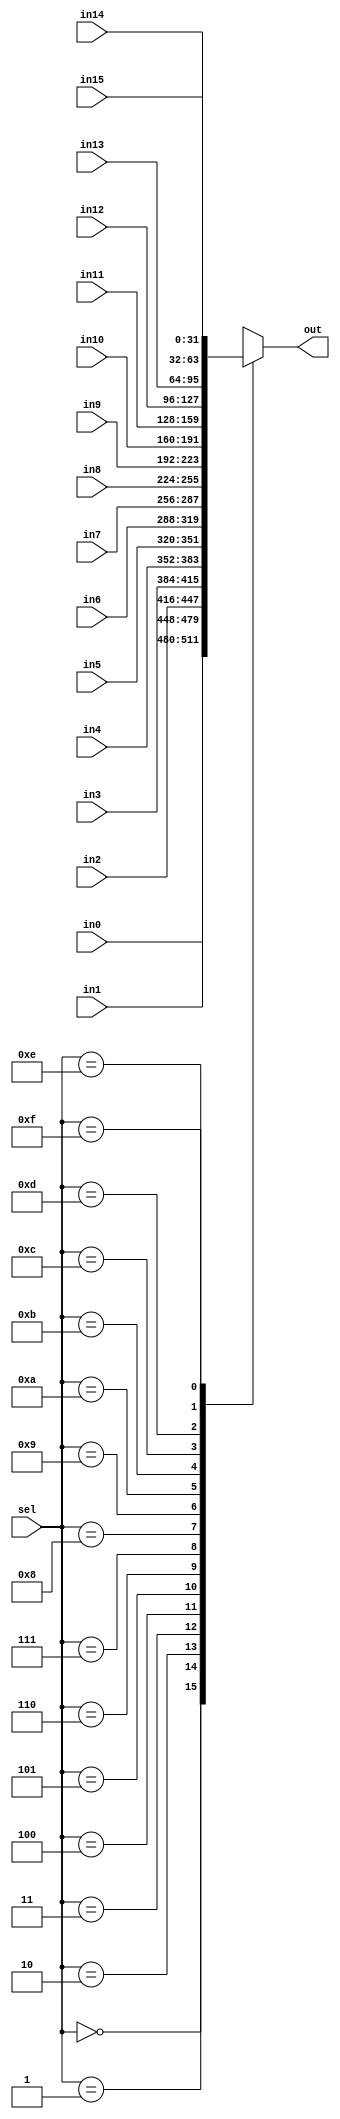
module MUX16_1(out, in0, in1, in2, in3, in4, in5, in6, in7, in8, in9, in10, in11, in12, in13, in14, in15, sel);
	input [31:0] in0, in1, in2, in3, in4, in5, in6, in7, in8, in9, in10, in11, in12, in13, in14, in15;
	input [3:0] sel;
	output reg [31:0] out;

	always @ (*)
	begin  
		case(sel)
			4'd0: out = in0;
			4'd1: out = in1;
			4'd2: out = in2;
			4'd3: out = in3;
			4'd4: out = in4;
			4'd5: out = in5;
			4'd6: out = in6;
			4'd7: out = in7;
			4'd8: out = in8;
			4'd9: out = in9;
			4'd10:out = in10;
			4'd11:out = in11;
			4'd12:out = in12;
			4'd13:out = in13;
			4'd14:out = in14;
			4'd15:out = in15;
		endcase
	end
endmodule